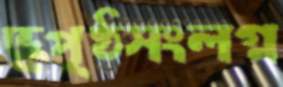
ভূপৃষ্ঠসংলগ্ন